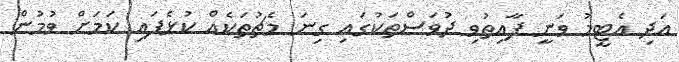
އަދި އެޓީމު ވަނީ ފާއިތުވި ދުވަސްތަކުގައި ގިނަ މެޗުތަކެއް ކުޅެފައި ކަމަށް ވުމުން